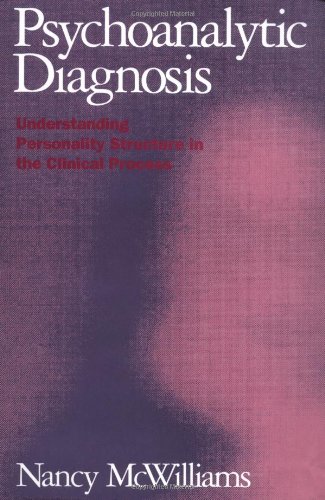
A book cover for Psychoanalytic Diagnosis: Understanding Personality Structure in the Clinical Process; Nancy McWilliams PhD; Medical Books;